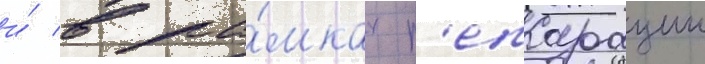
и́ в ра́мках р'епарации